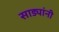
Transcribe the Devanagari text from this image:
साड्यांनी